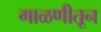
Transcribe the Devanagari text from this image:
गाळणीतून